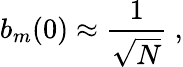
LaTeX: b_{m}(0)\approx{\frac{1}{\sqrt{N}}}\ ,